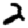
Digit: 2